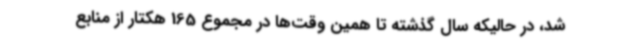
شد، در حالیکه سال گذشته تا همین وقت‌ها در مجموع 165 هکتار از منابع